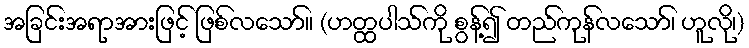
အခြင်းအရာအားဖြင့် ဖြစ်လသော်။ (ဟတ္ထပါသ်ကို စွန့်၍ တည်ကုန်လသော်၊ ဟူလို၊)